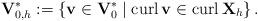
LaTeX: \begin{align*}\mathbf{V}_{0,h}^{\ast}:=\left\{ \mathbf{v}\in\mathbf{V}_{0}^{\ast}\mid\operatorname*{curl}\mathbf{v}\in\operatorname*{curl}\mathbf{X}_{h}\right\} .\end{align*}